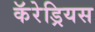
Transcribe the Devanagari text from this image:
कॅरेड्रियस